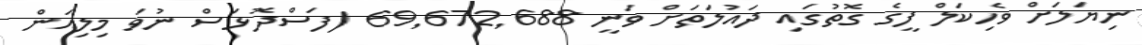
ނިޔަލަށް ވެހިކަލް ފީގެ ގޮތުގައި ދައުލަތަށް ވަނީ 69